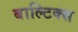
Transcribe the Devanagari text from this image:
बाल्टिक्स